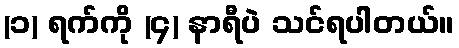
(၁) ရက်ကို (၄) နာရီပဲ သင်ရပါတယ်။